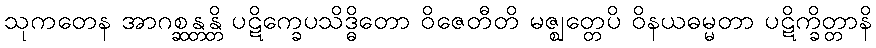
သုကတေန အာဂစ္ဆန္တန္တိ ပဋိက္ခေပသိဒ္ဓိတော ဝိဇေတီတိ မဇ္ဈတ္တေပိ ဝိနယဓမ္မတာ ပဋိက္ခိတ္တာနိ